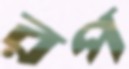
রপ